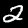
Digit: 2